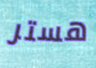
هستر